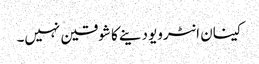
کینان انٹرویو دینے کا شوقین نہیں۔